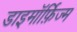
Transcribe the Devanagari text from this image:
डाइमॉर्फ़िज्म